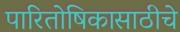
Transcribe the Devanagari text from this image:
पारितोषिकासाठीचे